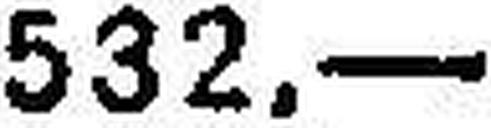
532.—